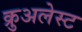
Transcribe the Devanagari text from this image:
क्रुअलेस्ट